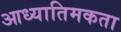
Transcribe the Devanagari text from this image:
आध्यातिमकता